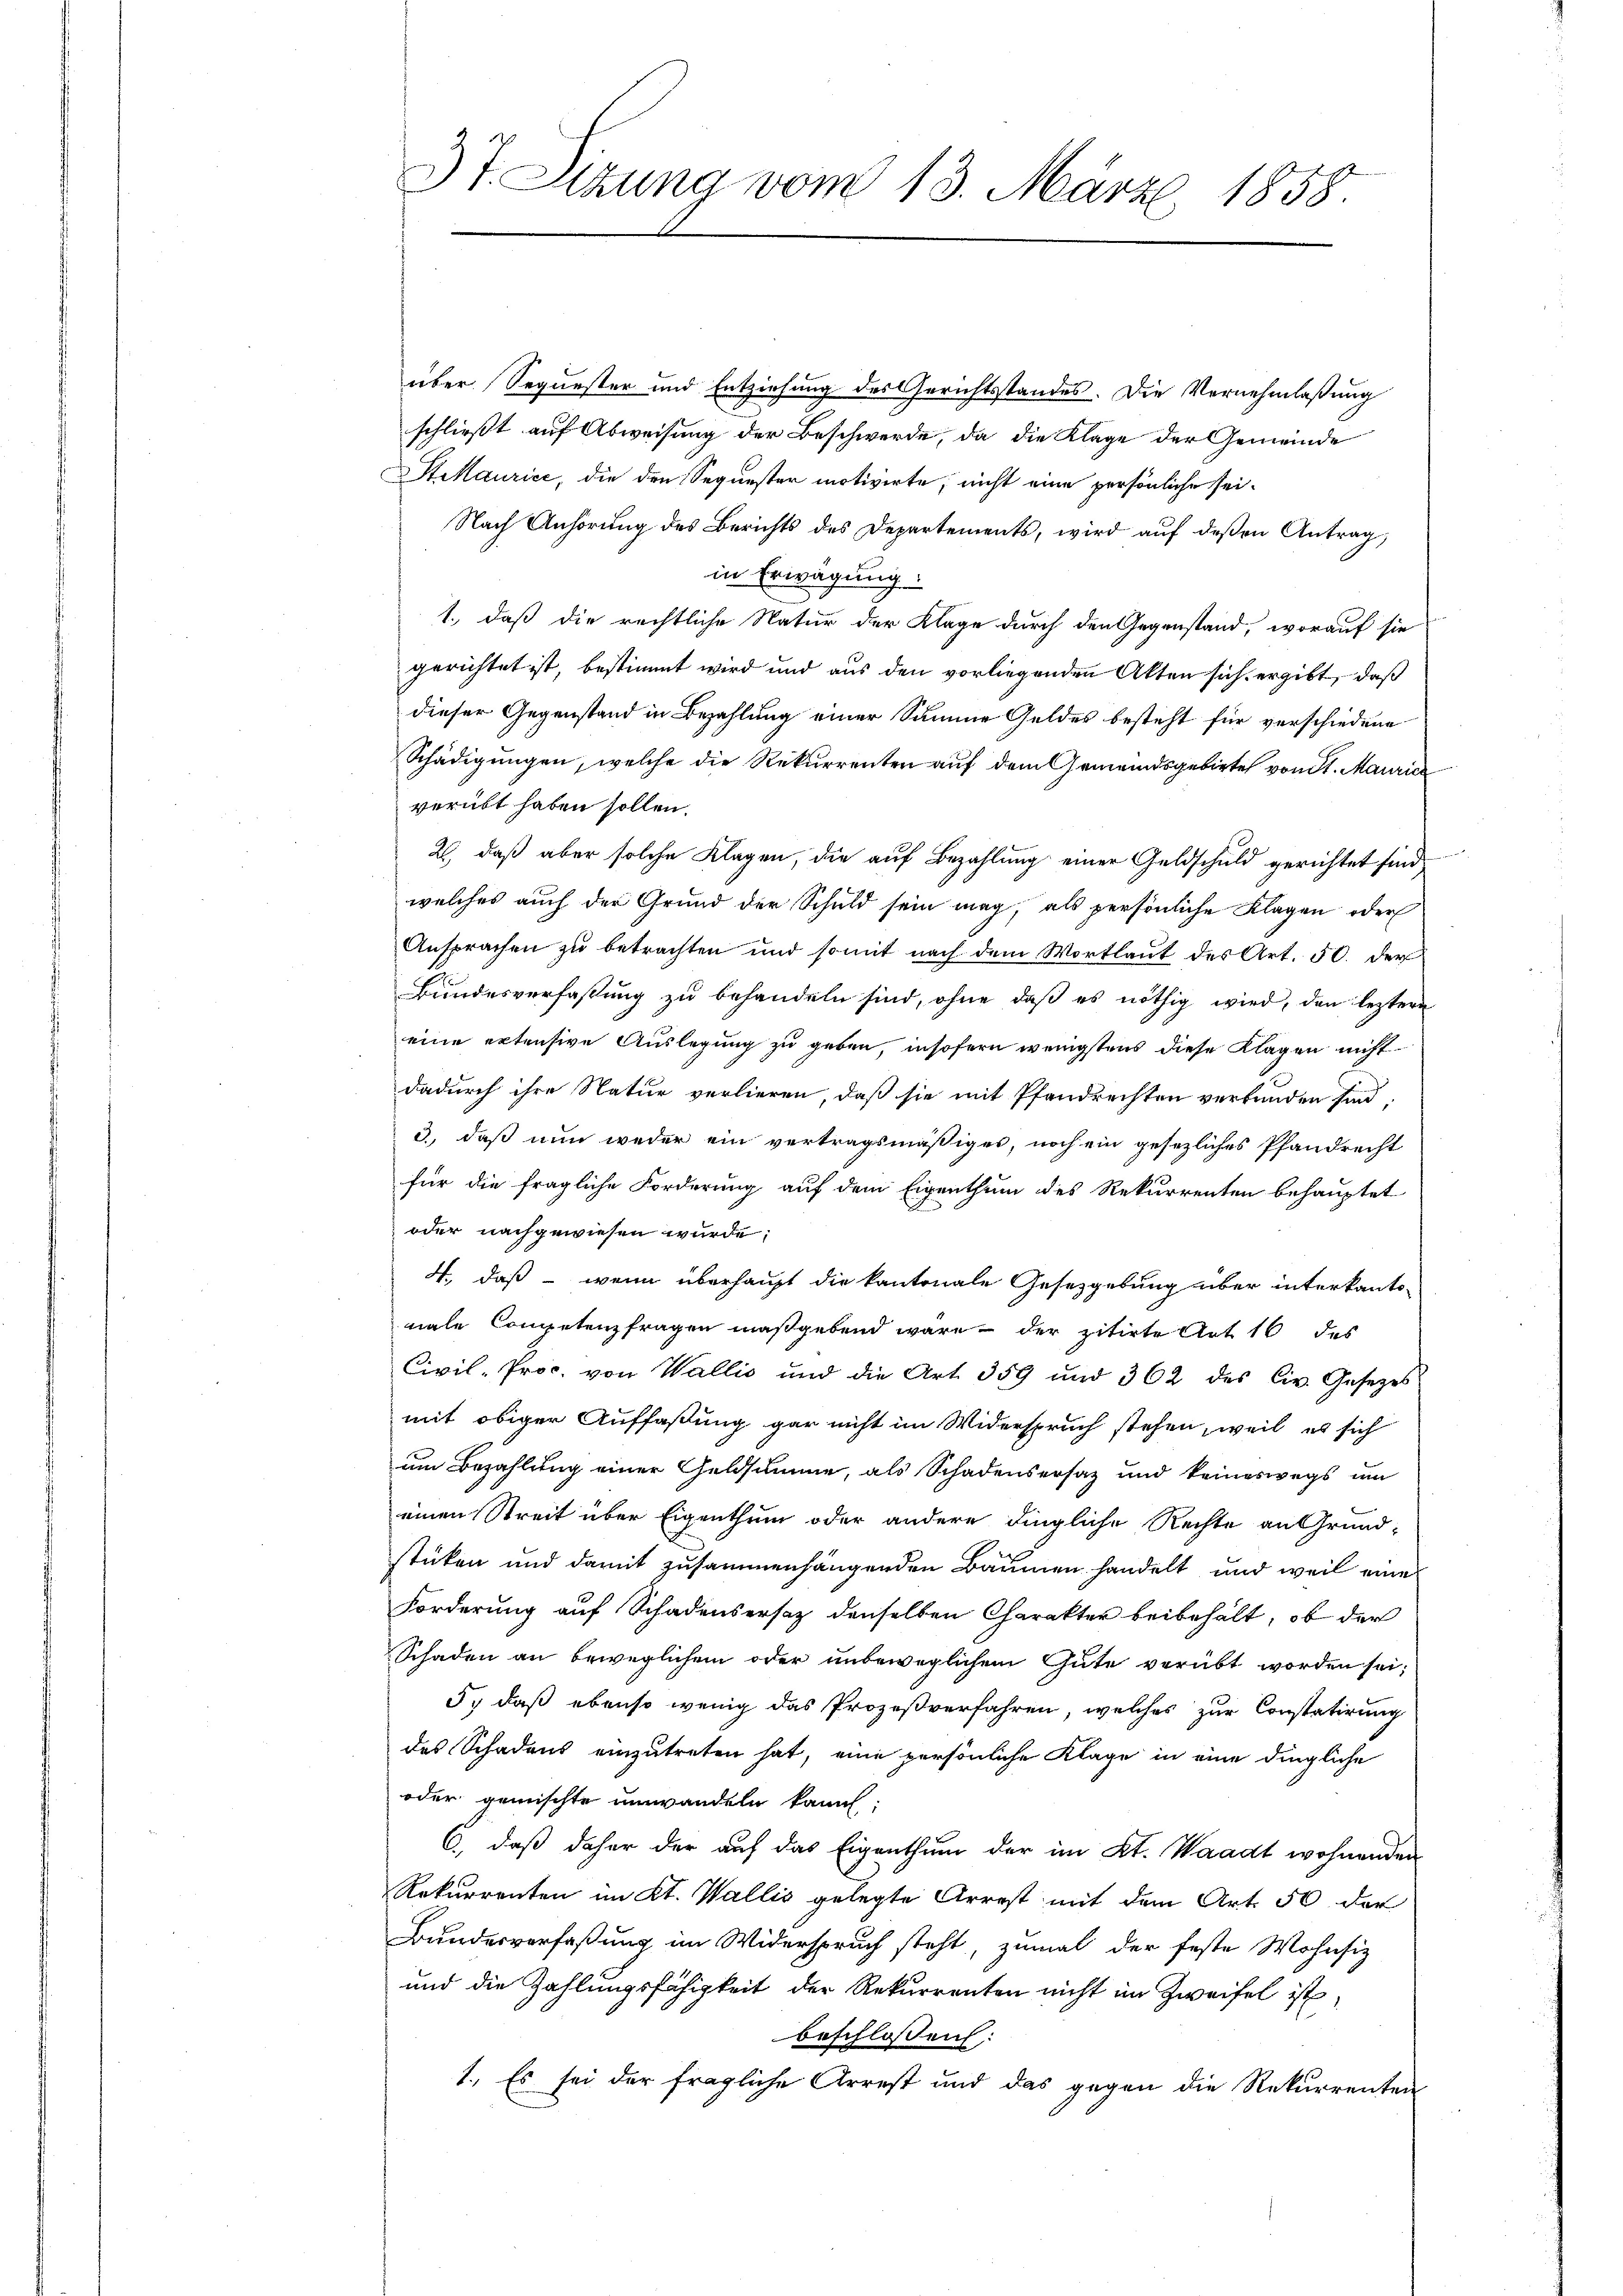
3t. Sizung vom 13. März 1858.

über Sequester und Entziehung des Gerichtsstandes. Die Vernehmlaßung
schließt auf Abweisung der Beschwerde, da die Klage der Gemeinde
St Maurice, die den Sequester motivirte, nicht eine persönliche sei¬
Nach Anhörung des Berichts des Departements, wird auf deßen Antrag,
in Erwägung:
1., daß die rechtliche Natur der Klage durch den Gegenstand, worauf sie
gerichtet ist, bestimmt wird und aus den vorliegenden Akten sich ergibt, daß
dieser Gegenstand in Bezahlung einer Summe Geldes besteht für verschiedene
Schädigungen, welche die Rekurrenten auf dem Gemeindsgebiete von St. Mauric
verübt haben sollen.
2, daß aber solche Klagen, die auf Bezahlung einer Geldschuld gerichtet sind
welches auch der Grund der Schuld sein mag, als persönliche Klagen oder
Ansprachen zu betrachten und somit nach dem Wortlaut des Art. 50. der
Bundesverfaßung zu behandeln sind, ohne daß es nöthig wird, den leztere
eine extensive Auslegung zu geben, insofern wenigstens diese Klagen nicht
dadurch ihre Natur verlieren, daß sie mit Pfandrechten verbunden sind,
3., daß nun weder ein vertragsmäßiges, noch ein gesezliches Pfandrecht
für die fragliche Forderung auf dem Eigenthum des Rekurrenten behauptet
oder nachgewiesen wurde;
4., daß wenn überhaupt die kantonale Gesetzgebung über interkanto-
male Competenzfragen maßgebend wäre - der zitirte Art 16 des
Civil-Proc. von Wallis und die Art. 359 und 362 des Civ. Gesetzes
mit obiger Auffaßung gar nicht im Widerspruch stehen, weil es sich
um Bezahlung einer Geldsumme, als Schadensersatz und keineswegs um
einen Streit über Eigenthum oder andere dingliche Rechte an Grund-
stücken und damit zusammenhängenden Bäumen handelt, und weil eine
Forderung auf Schadensersatz denselben Charakter beibehält, ob der
Schaden an beweglichem oder unbeweglichem Gute verübt worden sei;
5., daß ebenso wenig das Prozeßverfahren, welches zur Constatirung
des Schadens einzutreten hat, eine persönliche Klage in eine dingliche
oder gemischte unwandeln kann:
6., daß daher der auf das Eigenthum der im Kt. Waadt wohnenden
Rekurrenten im Kt. Wallis gelegte Arrest mit dem Art. 50 der
Bundesverfaßung im Widerspruch steht, zumal der feste Wohnsiz
und die Zahlungsfähigkeit der Rekurrenten nicht im Zweifel ist
beschlossen:
1. Es sei der fragliche Arrest und das gegen die Rekurrenten